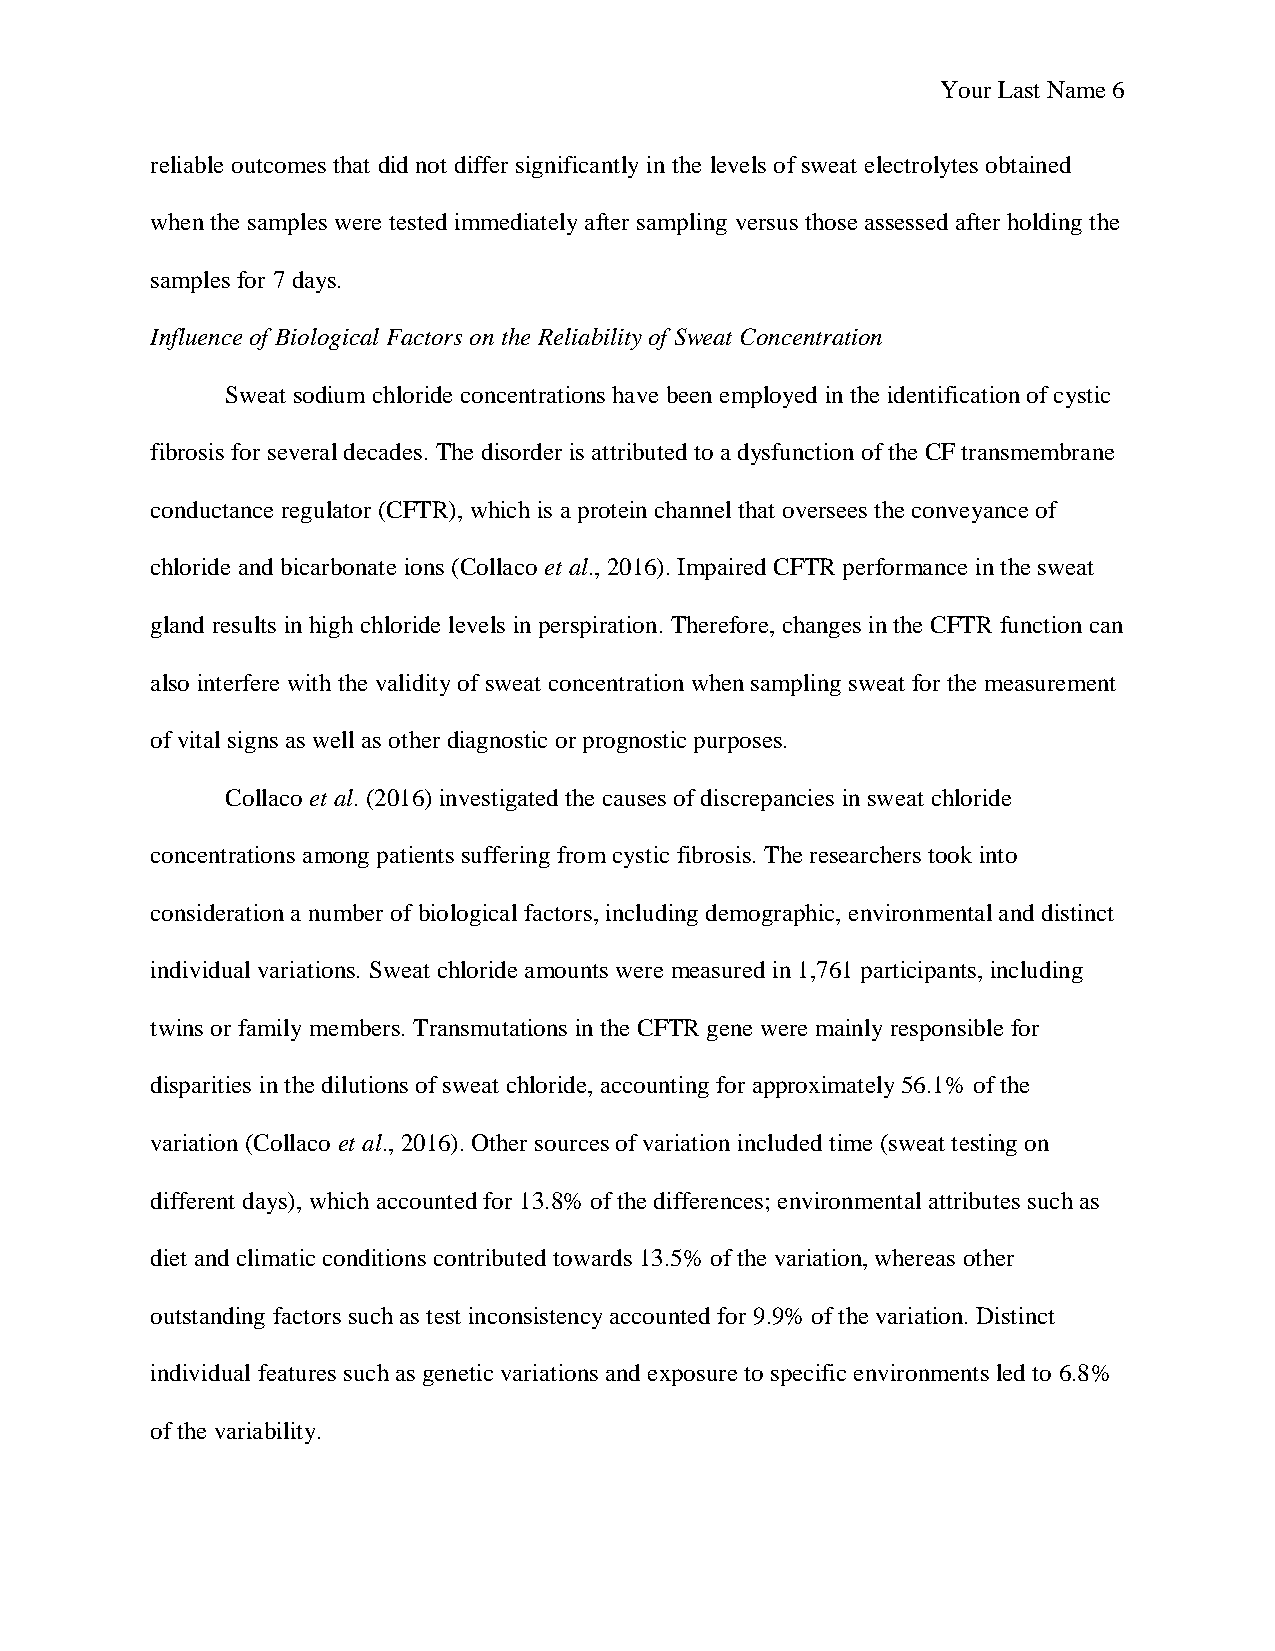
Your Last Name 6
 reliable outcomes that did not differ significantly in the levels of sweat electrolytes obtained
 when the samples were tested immediately after sampling versus those assessed after holding the
 samples for 7 days.
 Influence of Biological Factors on the Reliability of Sweat Concentration
 Sweat sodium chloride concentrations have been employed in the identification of cystic
 fibrosis for several decades. The disorder is attributed to a dysfunction of the CF transmembrane
 conductance regulator (CFTR), which is a protein channel that oversees the conveyance of
 chloride and bicarbonate ions (Collaco et al., 2016). Impaired CFTR performance in the sweat
 gland results in high chloride levels in perspiration. Therefore, changes in the CFTR function can
 also interfere with the validity of sweat concentration when sampling sweat for the measurement
 of vital signs as well as other diagnostic or prognostic purposes.
 Collaco et al. (2016) investigated the causes of discrepancies in sweat chloride
 concentrations among patients suffering from cystic fibrosis. The researchers took into
 consideration a number of biological factors, including demographic, environmental and distinct
 individual variations. Sweat chloride amounts were measured in 1,761 participants, including
 twins or family members. Transmutations in the CFTR gene were mainly responsible for
 disparities in the dilutions of sweat chloride, accounting for approximately 56.1% of the
 variation (Collaco et al., 2016). Other sources of variation included time (sweat testing on
 different days), which accounted for 13.8% of the differences; environmental attributes such as
 diet and climatic conditions contributed towards 13.5% of the variation, whereas other
 outstanding factors such as test inconsistency accounted for 9.9% of the variation. Distinct
 individual features such as genetic variations and exposure to specific environments led to 6.8%
 of the variability.